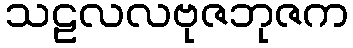
သဠလလဗုဇဘုဇက